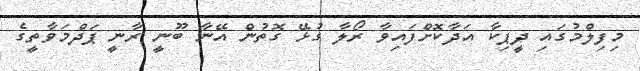
މިފިލްމުގައި ދީޕިކާ އަދާކޮށްފައިވާ ރޯލާ ގުޅޭ ގޮތުން އޭނާ ބޫނީ ރާނީ ޕަދްމަވާތީގެ